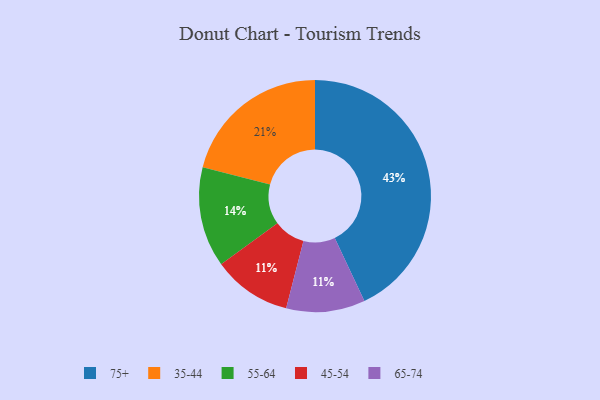
{"axis": {"x": "Category", "y": "Percentage"}, "legend": ["35-44", "45-54", "55-64", "65-74", "75+"], "data": [{"x": "55-64", "y": 14, "type": "55-64"}, {"x": "35-44", "y": 21, "type": "35-44"}, {"x": "45-54", "y": 11, "type": "45-54"}, {"x": "65-74", "y": 11, "type": "65-74"}, {"x": "75+", "y": 43, "type": "75+"}]}